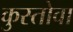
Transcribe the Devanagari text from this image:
कुस्तोवा